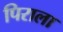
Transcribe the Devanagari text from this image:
पिराला